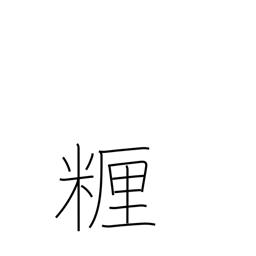
Meaning: centimeter